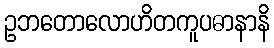
ဥဘတောလောဟိတကူပဓာနာနိ